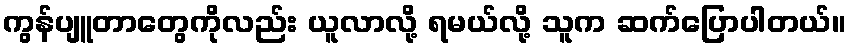
ကွန်ပျူတာတွေကိုလည်း ယူလာလို့ ရမယ်လို့ သူက ဆက်ပြောပါတယ်။